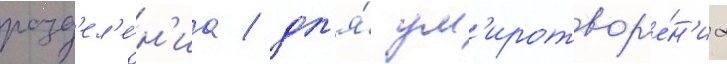
разд'ел'е́н'иа / дл'я́ ум'иротвор'е́н'иа